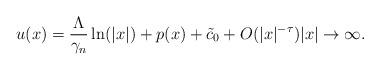
LaTeX: \begin{align*}u(x)=\frac{\Lambda}{\gamma_{n}}\ln(|x|)+p(x)+\tilde{c}_0+O(|x|^{-\tau}) |x|\rightarrow \infty.\end{align*}